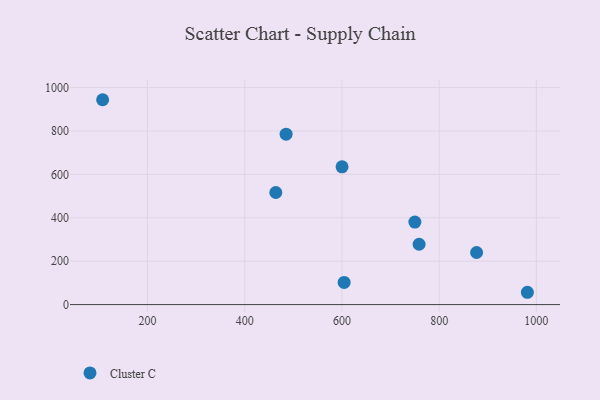
{"axis": {"x": "Distance", "y": "Demand"}, "legend": ["Cluster C"], "data": [{"x": "877.0", "y": 239.9, "type": "Cluster C"}, {"x": "758.7", "y": 278.0, "type": "Cluster C"}, {"x": "107.6", "y": 944.0, "type": "Cluster C"}, {"x": "604.5", "y": 102.3, "type": "Cluster C"}, {"x": "463.9", "y": 516.4, "type": "Cluster C"}, {"x": "750.0", "y": 380.0, "type": "Cluster C"}, {"x": "485.1", "y": 785.1, "type": "Cluster C"}, {"x": "600.2", "y": 634.7, "type": "Cluster C"}, {"x": "981.5", "y": 56.7, "type": "Cluster C"}]}